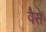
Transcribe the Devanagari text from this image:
वैेसे